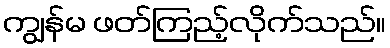
ကျွန်မ ဖတ်ကြည့်လိုက်သည်။